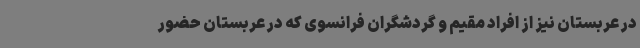
در عربستان نیز از افراد مقیم و گردشگران فرانسوی که در عربستان حضور